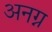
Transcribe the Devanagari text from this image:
अनग्न